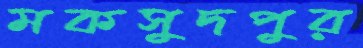
মকসুদপুর